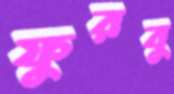
ফুরবু